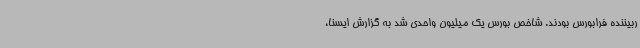
ربیننده فرابورس بودند. شاخص بورس یک میلیون واحدی شد به گزارش ایسنا،